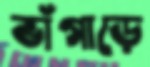
ভাঁগাড়ে